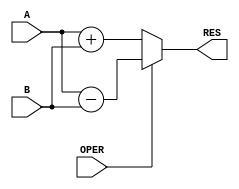
module unsigned_adder_subtractor(
    input [7:0] A,
    input [7:0] B,
    input OPER,
    output [7:0] RES
    );
	 
	 reg [7:0] RES;
	 
	 always @ (A or B or OPER) begin
		if (OPER == 1'b0)
			RES = A + B;
		else
			RES = A - B;
	 end

endmodule